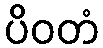
ပိဝတံ